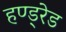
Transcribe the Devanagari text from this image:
हण्ड्रेड